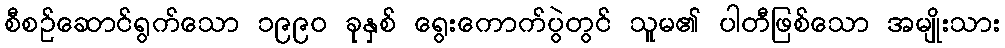
စီစဉ်ဆောင်ရွက်သော ၁၉၉၀ ခုနှစ် ရွေးကောက်ပွဲတွင် သူမ၏ ပါတီဖြစ်သော အမျိုးသား